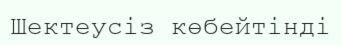
Шектеусіз көбейтінді